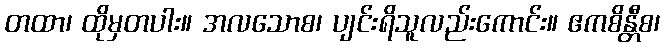
တထာ၊ ထိုမှတပါး။ အလသောစ၊ ပျင်းရိသူလည်းကောင်း။ ဧကစိန္တီစ၊